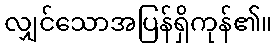
လျှင်သောအပြန်ရှိကုန်၏။